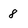
Character: 8